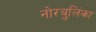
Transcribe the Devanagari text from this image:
नोरबुलिंका